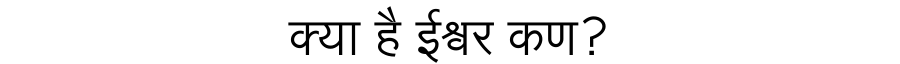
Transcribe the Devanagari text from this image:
क्या है ईश्वर कण?